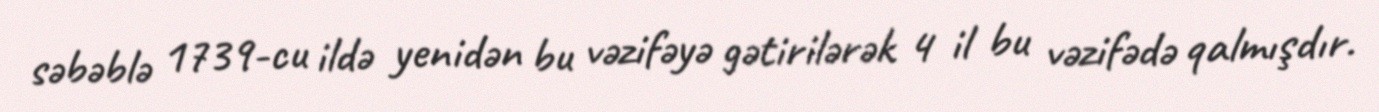
səbəblə 1739-cu ildə yenidən bu vəzifəyə gətirilərək 4 il bu vəzifədə qalmışdır.